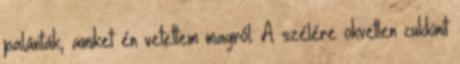
palánták, amiket én vetettem magról. A szélére okvetlen cukkinit